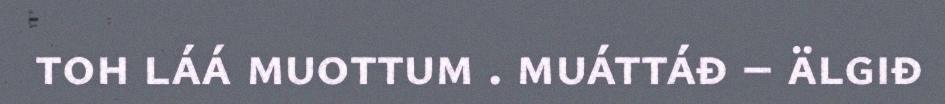
toh láá muottum . muáttáđ – älgiđ